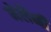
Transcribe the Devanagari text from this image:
मेलैनी